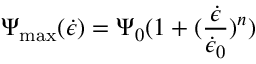
\Psi _ { \mathrm { m a x } } ( \dot { \epsilon } ) = \Psi _ { 0 } ( 1 + ( \frac { \dot { \epsilon } } { \dot { \epsilon } _ { 0 } } ) ^ { n } )